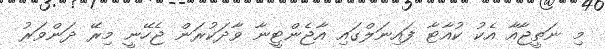
މި ނަތީޖާއާ އެކު ކުއާޓާ ފައިނަލްގައި އާޖެންޓީނާ ވާދަކުރަން ޖެހޭނީ މިރޭ ދަންވަރު